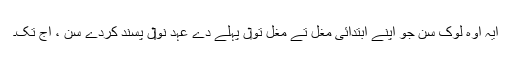
ایہ اوہ لوک سن جو اپنے ابتدائی مغل تے مغل تو‏ں پہلے دے عہد نو‏‏ں پسند کردے سن ، اج تک۔